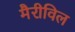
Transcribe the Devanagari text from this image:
मैरीविल